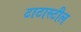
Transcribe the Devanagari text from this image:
टाटास्‍टील